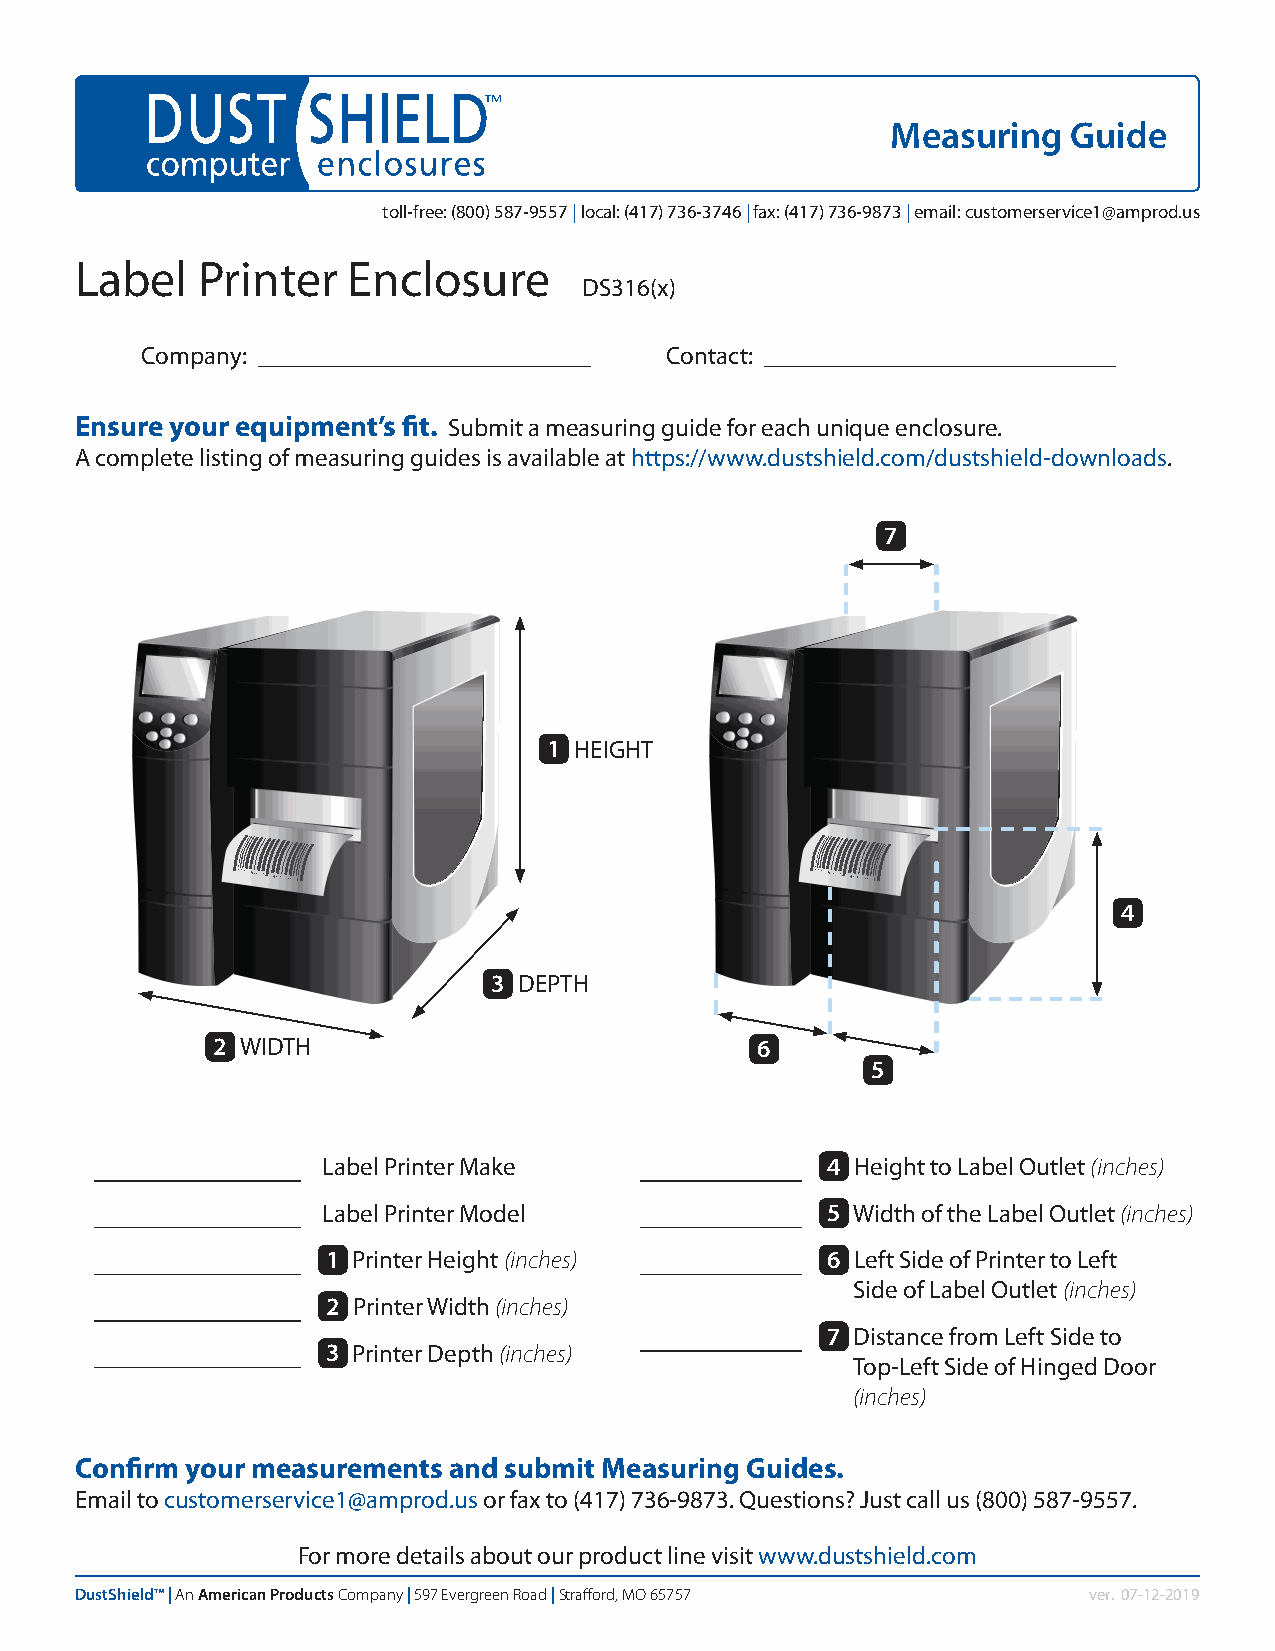
Measuring   Guide
 toll-free: (800) 587-9557 | local: (417) 736-3746 | fax: (417) 736-9873 | email: customerservice1@amprod.us
 Label   Printer   Enclosure
 DS316(x)
 Company:                           Contact:
 Ensure your equipment’s fit. Submit a measuring guide for each unique enclosure.
 A complete listing of measuring guides is available at https://www.dustshield.com/dustshield-downloads.
 7
 1 HEIGHT
 4
 3 DEPTH
 2 WIDTH                             6
 5
 Label Printer Make 1              4 Height to Label Outlet (inches)
 Label Printer Model 1             5 Width of the Label Outlet (inches)
 1 Printer Height (inches)        6 Left Side of Printer to Left
 Side of Label Outlet (inches)
 2 Printer Width (inches)
 7 Distance from Left Side to
 3 Printer Depth (inches)
 Top-Left Side of Hinged Door
 (inches)
 Confirm your measurements and submit Measuring Guides.
 Email to customerservice1@amprod.us or fax to (417) 736-9873. Questions? Just call us (800) 587-9557.
 For more details about our product line visit www.dustshield.com
 DustShield™ | An American Products Company | 597 Evergreen Road | Strafford, MO 65757 ver. 07-12-2019